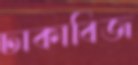
ঢাকাবিজ